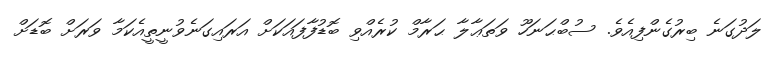
ލަދުގަނެ ބިރުގެންފިއެވެ. ސުބްޙަނަހޫ ވަތަޢާލާ ޙަރާމް ކުރެއްވި ބޮޑުފާފައަކަށް އަރައިގަނެވުނީތީއެކަމާ ވަރަށް ބޮޑަށް